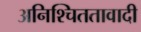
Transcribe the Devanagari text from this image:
अनिश्चिततावादी